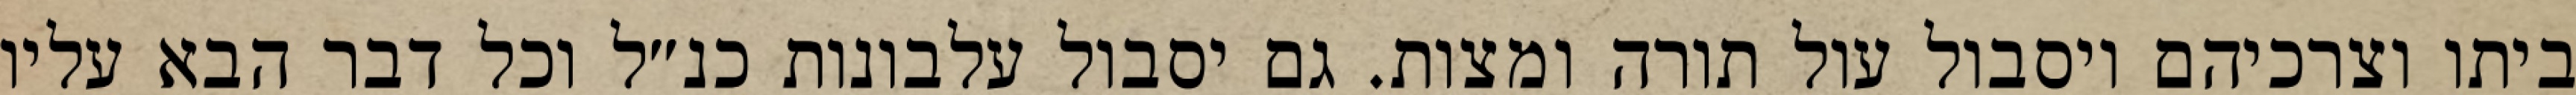
ביתו וצרכיהם ויסבול עול תורה ומצות. גם יסבול עלבונות כנ״ל וכל דבר הבא עליו